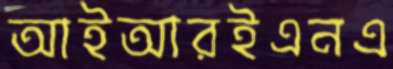
আইআরইএনএ